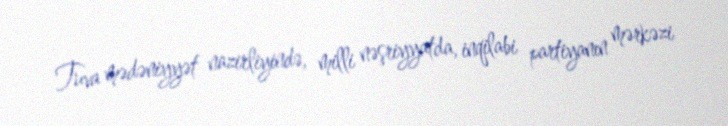
Tuva mədəniyyət nazirliyində, milli nəşriyyatda, inqilabi partiyanın mərkəzi